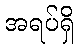
အရပ်ရှိ